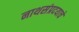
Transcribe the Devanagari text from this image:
नाथसंप्रदयाचे